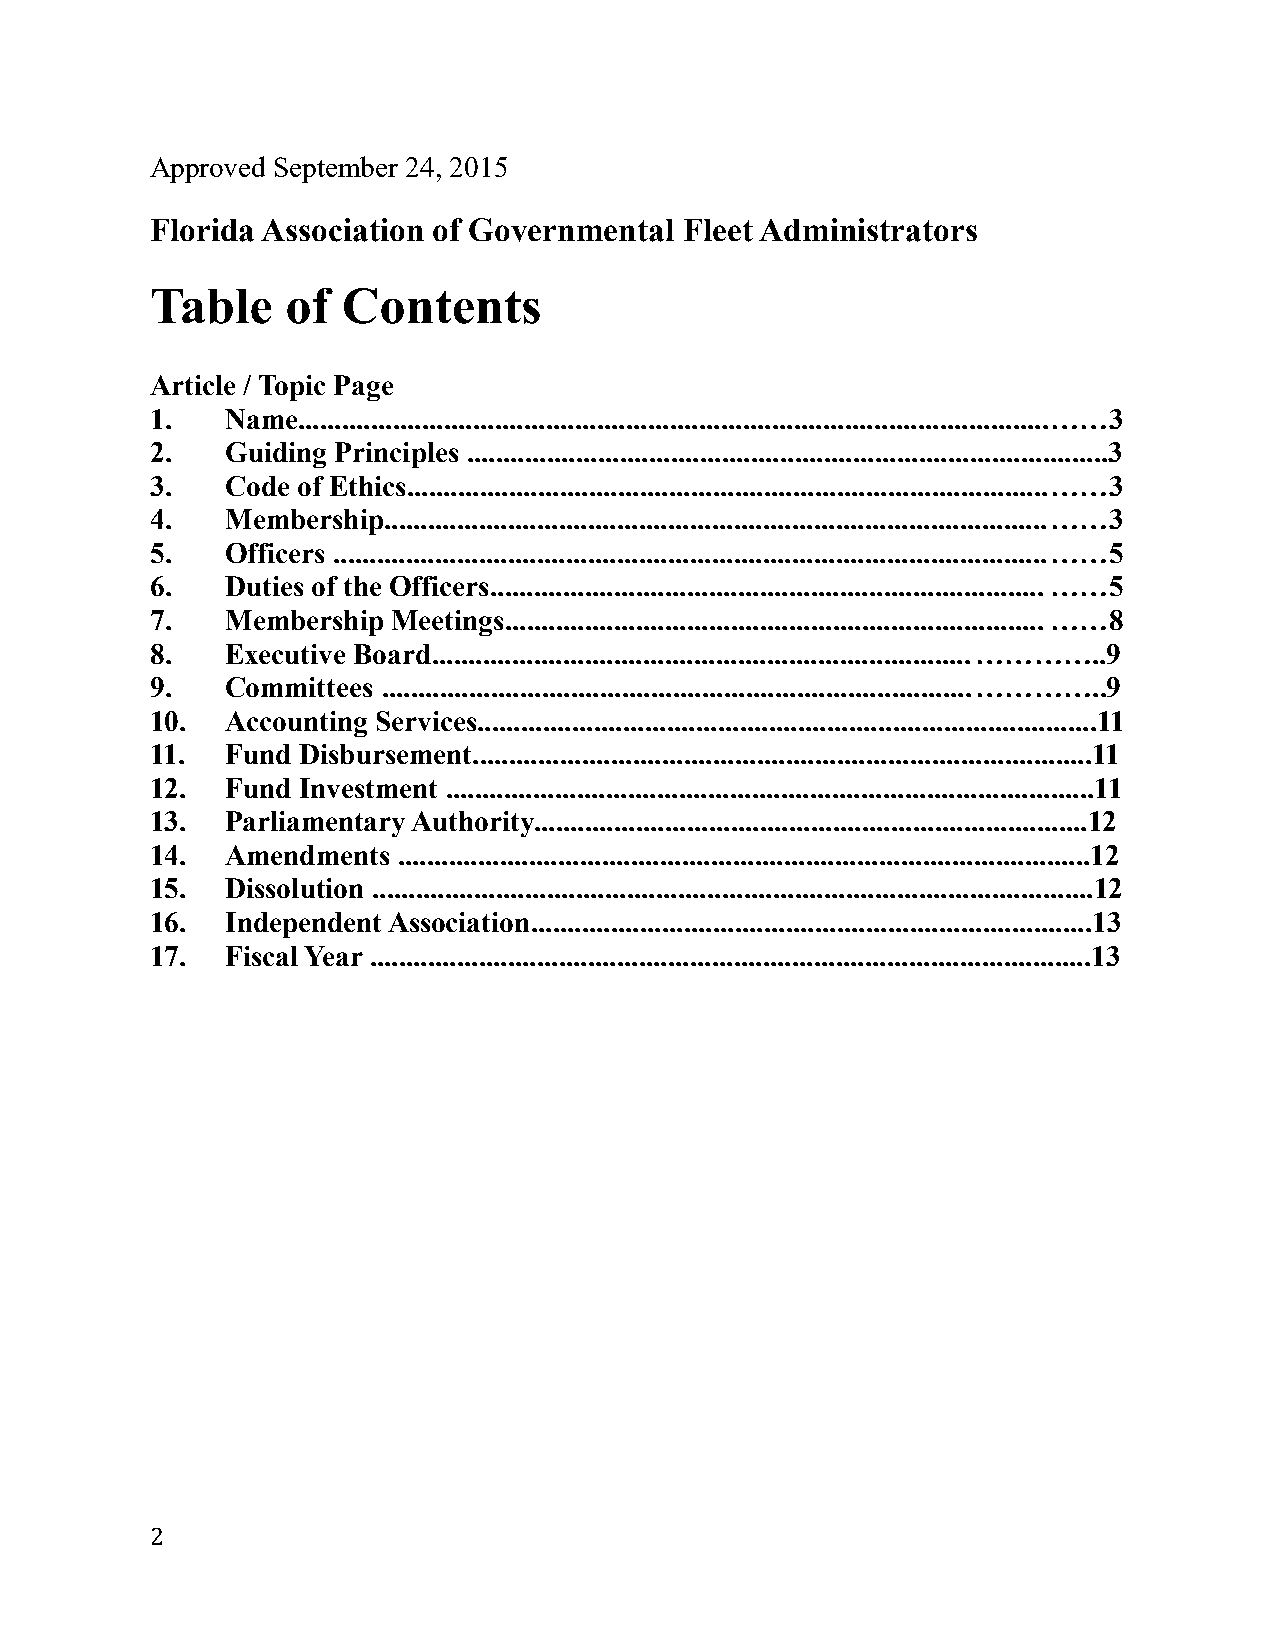
Approved September 24, 2015
 Florida Association of Governmental Fleet Administrators
 Table    of  Contents
 Article / Topic Page
 1.   Name....................................................................................................... ……3
 2.   Guiding Principles ........................................................................................3
 3.   Code of Ethics........................................................................................ ……3
 4.   Membership........................................................................................... ……3
 5.   Officers .................................................................................................. ……5
 6.   Duties of the Officers............................................................................ ……5
 7.   Membership Meetings.......................................................................... ……8
 8.   Executive Board.......................................................................... …………..9
 9.   Committees ................................................................................. …………..9
 10.  Accounting Services.....................................................................................11
 11.  Fund Disbursement.....................................................................................11
 12.  Fund Investment .........................................................................................11
 13.  Parliamentary Authority............................................................................12
 14.  Amendments ...............................................................................................12
 15.  Dissolution ...................................................................................................12
 16.  Independent Association.............................................................................13
 17.  Fiscal Year ...................................................................................................13
 2